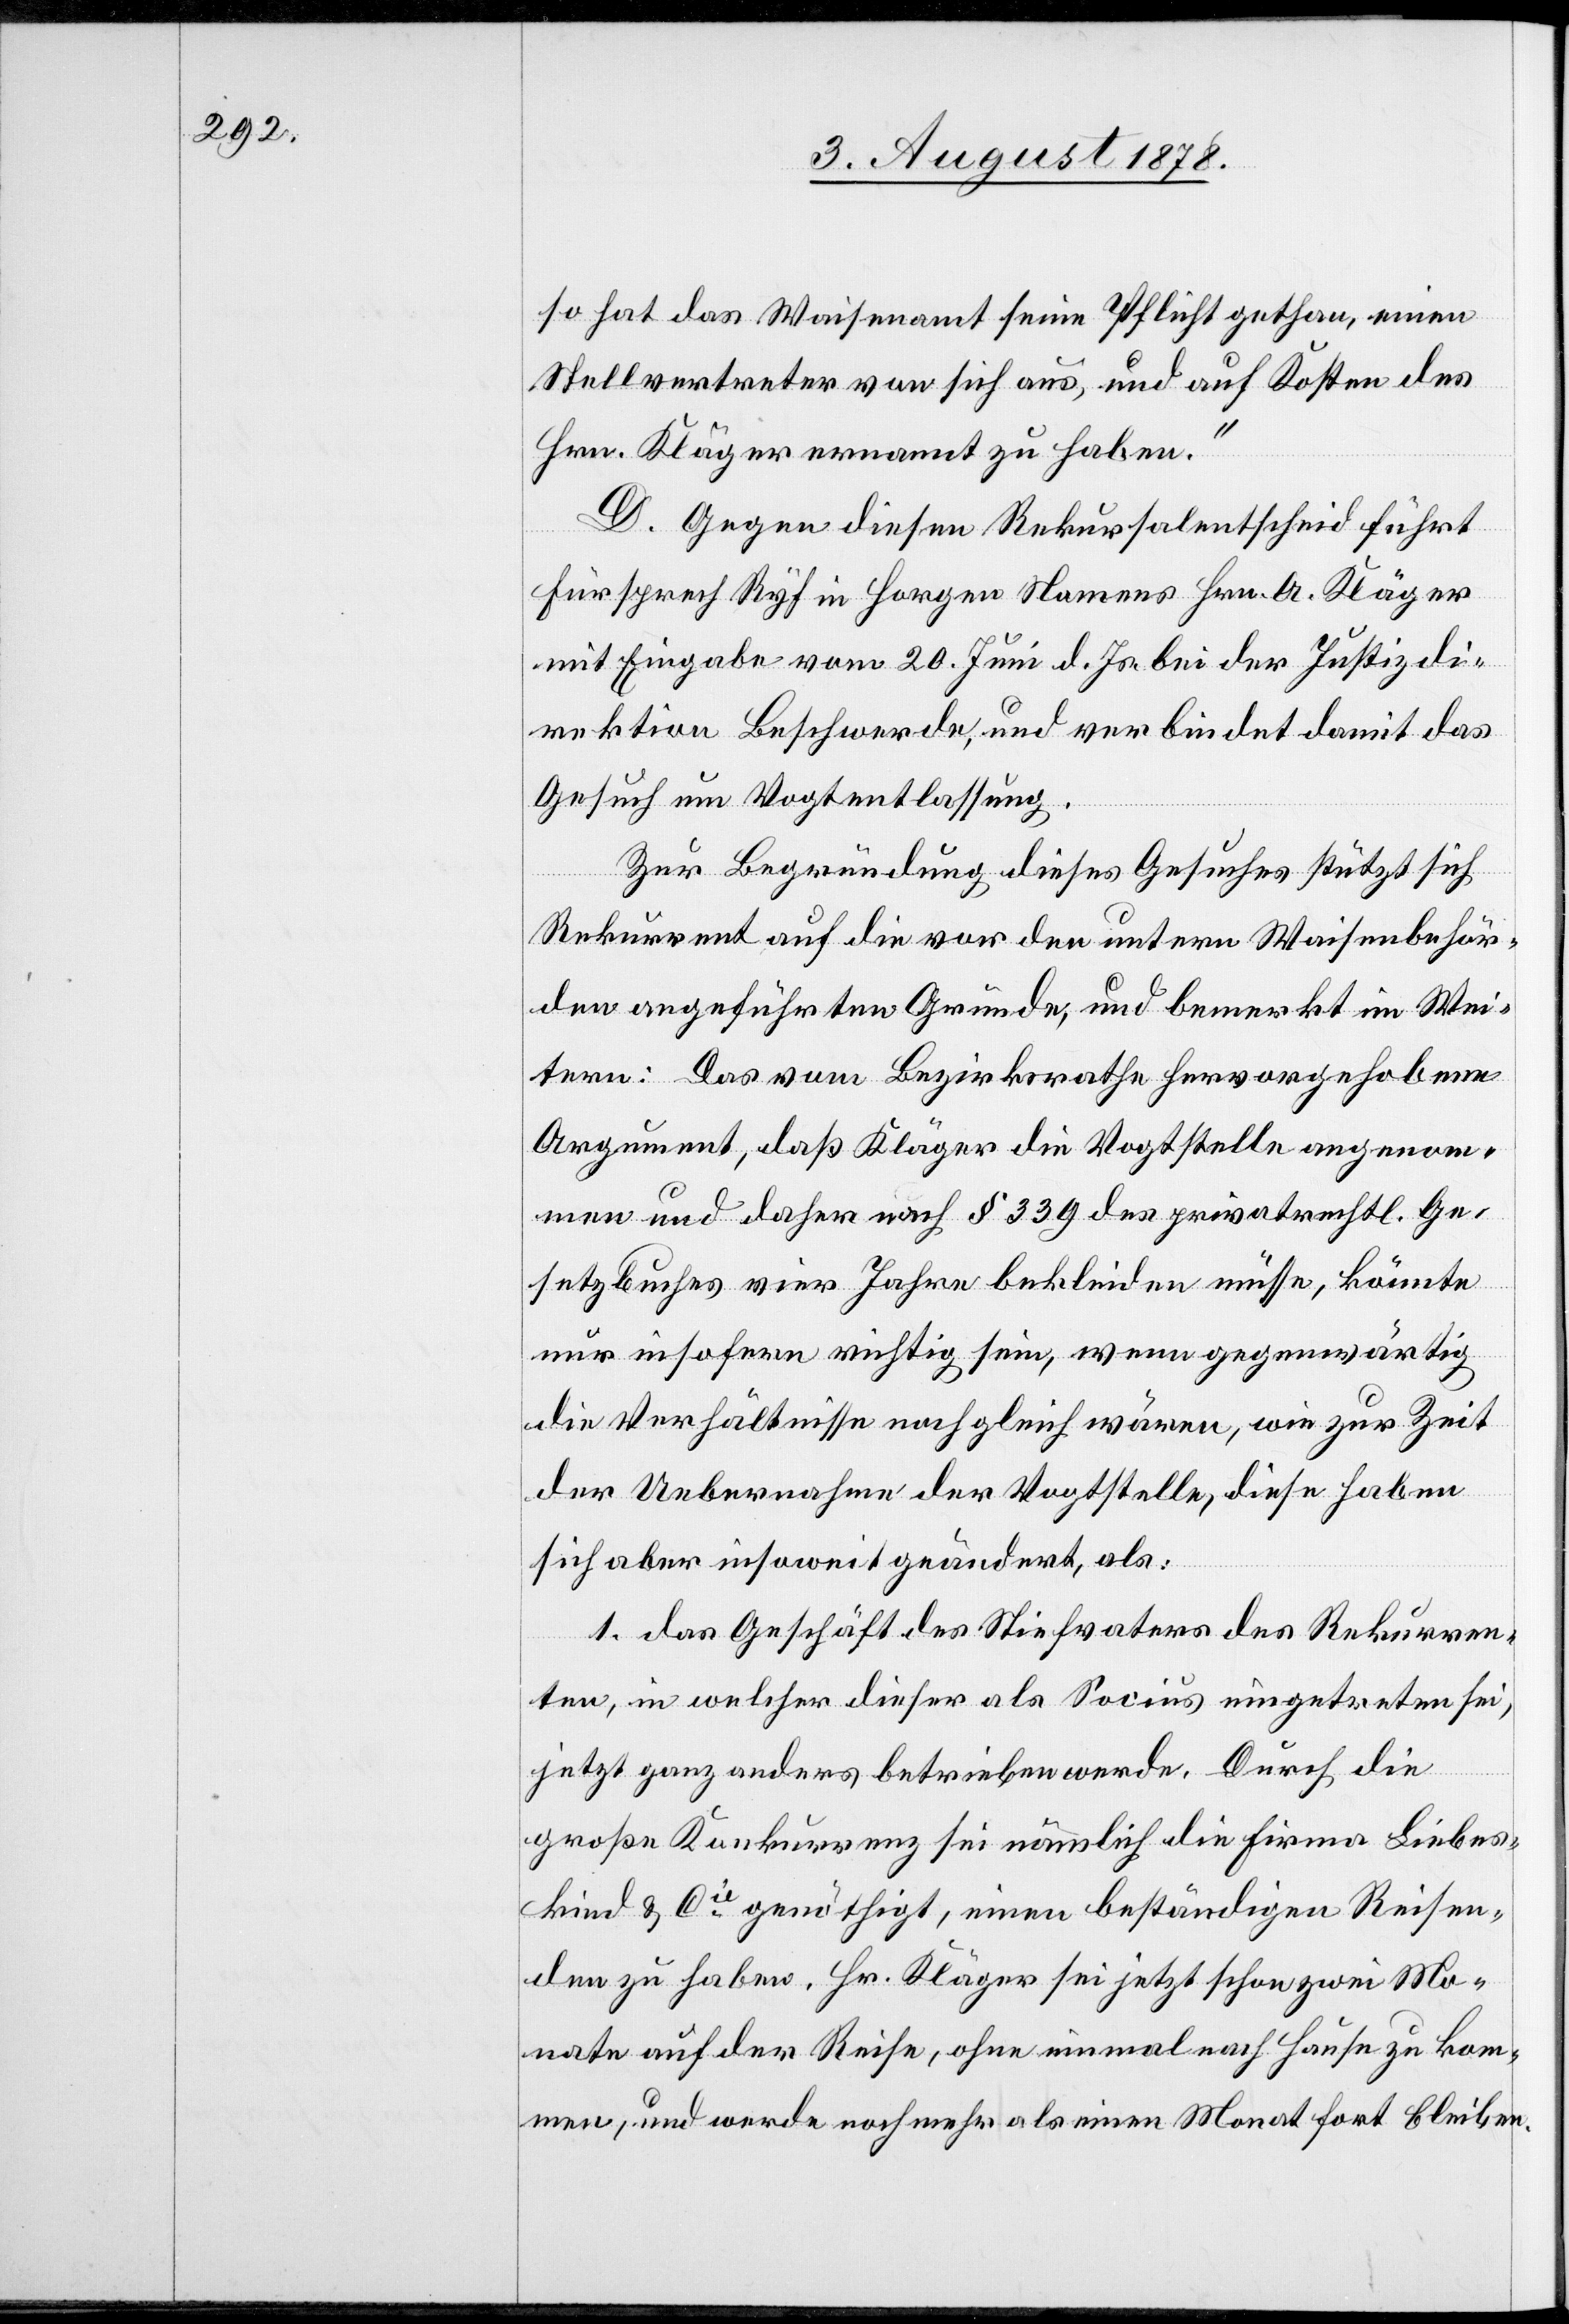
so hat das Waisenamt seine Pflicht gethan, einen
Stellvertreter von sich aus, und auf Kosten des
Hrn. Kläger ernannt zu haben.“
D. Gegen diesen Rekursalentscheid führt
Fürsprech Ryf in Horgen Namens Hrn. A. Kläger
mit Eingabe vom 20. Juni d. Js. bei der Justizdi¬
rektion Beschwerde, und verbindet damit das
Gesuch um Vogtentlassung.
Zur Begründung dieses Gesuches stützt sich
Rekurrent auf die vor den untern Waisenbehör¬
den angeführten Gründe, und bemerkt im Wei¬
tern: Das vom Bezirksrathe hervorgehobene
Argument, daß Kläger die Vogtstelle angenom¬
men und daher nach § 339 des privatrechtl. Ge¬
setzbuches vier Jahre bekleiden müsse, könnte
nur insofern richtig sein, wenn gegenwärtig
die Verhältnisse noch gleich wären, wie zur Zeit
der Uebernahme der Vogtstelle, diese haben
sich aber insoweit geändert, als:
1. das Geschäft des Stiefvaters des Rekurren¬
ten, in welcher dieser als Socius eingetreten sei,
jetzt ganz anders betrieben werde. Durch die
große Konkurrenz sei nämlich die Firma Liebes¬
kind & Cie genöthigt, einen beständigen Reisen¬
den zu haben. Hr. Kläger sei jetzt schon zwei Mo¬
nate auf der Reise, ohne einmal nach Hause zu kom¬
men, und werde noch mehr als einen Monat fortbleiben.